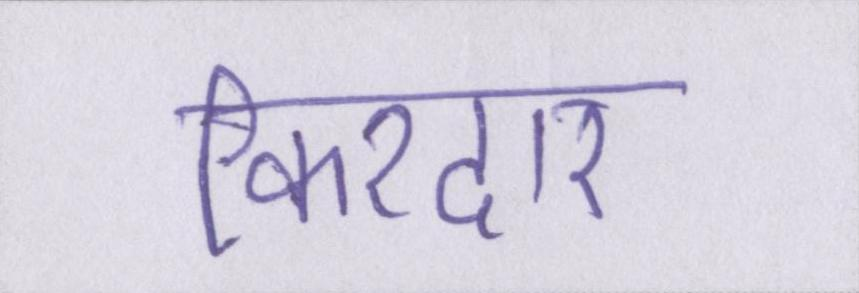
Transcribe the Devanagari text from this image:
किरदार